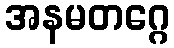
အနမတဂ္ဂေ